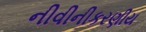
નીવીનીકરણીય